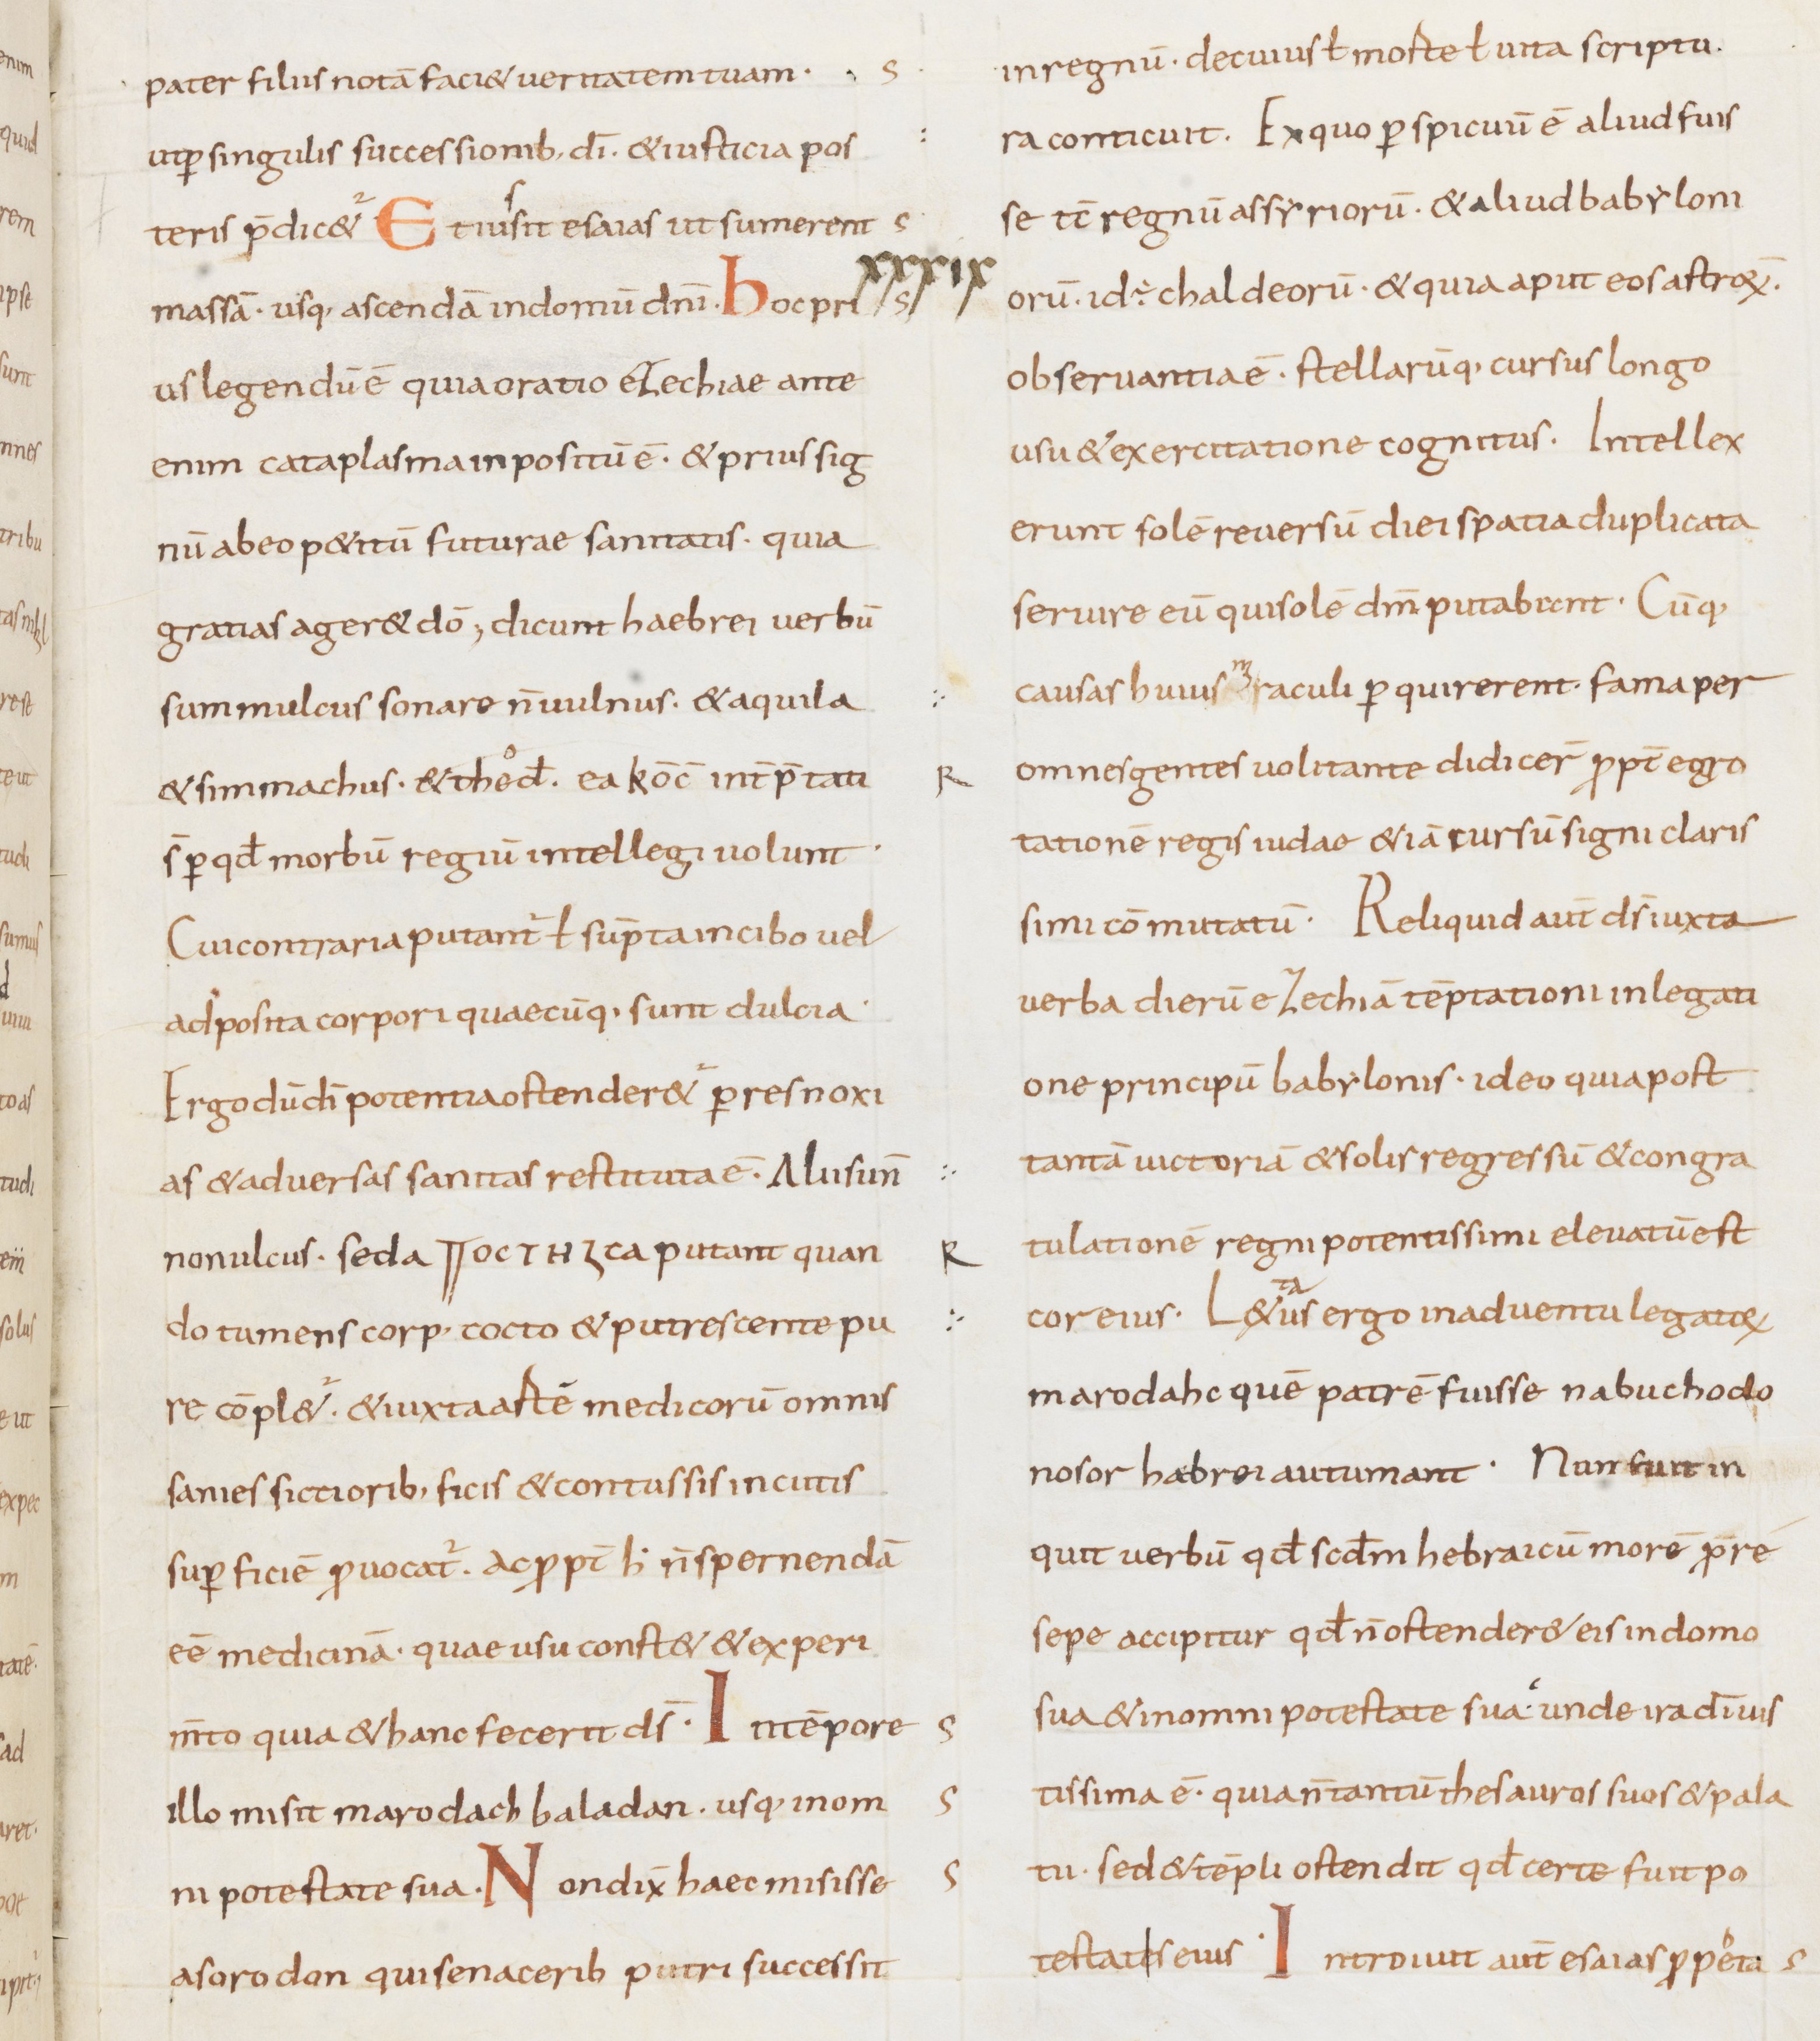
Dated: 800–899